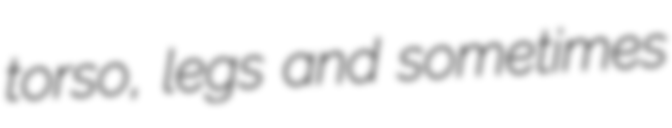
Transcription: torso, legs and sometimes